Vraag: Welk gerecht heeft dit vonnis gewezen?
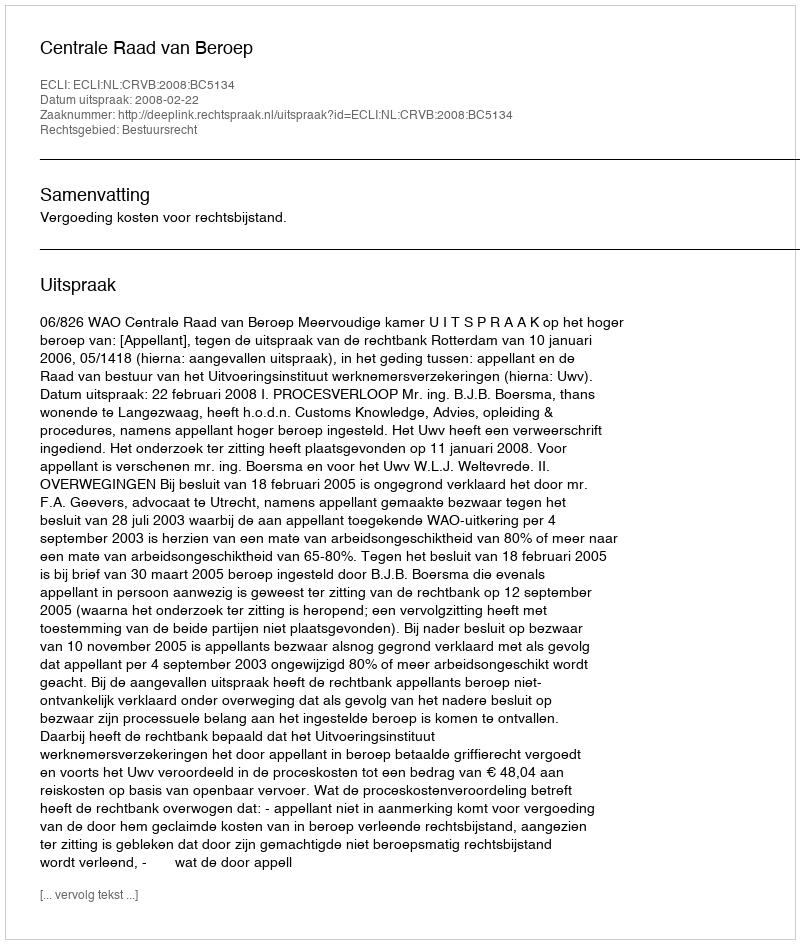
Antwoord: Centrale Raad van Beroep